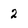
Character: 2